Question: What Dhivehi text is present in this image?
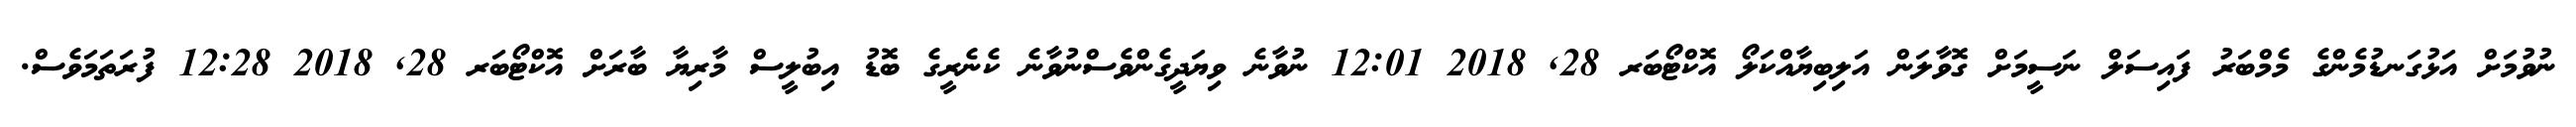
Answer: ނުވުމަށް އަޅުގަނޑުމެންގެ މެމްބަރު ފައިސަލް ނަސީމަށް ގޮވާލަން އަލިބިޔާއްކަލޯ އޮކްޓޯބަރ 28, 2018 12:01 ނުވާނެ ވިޔަދީގެންވެސްނުވާނެ ކެނެރީގެ ބޮޑު އިބުލީސް މާރިޔާ ބާރަށް އޮކްޓޯބަރ 28, 2018 12:28 ފުރަތަމަވެސް.